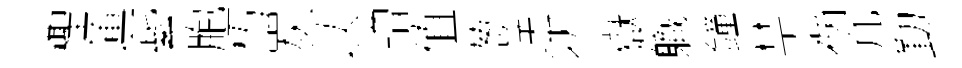
檉蓮紫胞朽炭以贈值葱送状嶽軄鐘禁祸凢勤